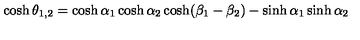
\cosh \theta _ { 1 , 2 } = \cosh \alpha _ { 1 } \cosh \alpha _ { 2 } \cosh ( \beta _ { 1 } - \beta _ { 2 } ) - \sinh \alpha _ { 1 } \sinh \alpha _ { 2 }